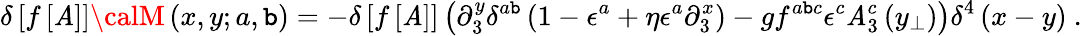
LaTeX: \delta\left[f\left[\mathit{A}\right]\right]{\calM}\left(x,y;a,\mathtt{b}\right)=-\delta\left[f\left[\mathit{A}\right]\right]\left(\partial_{3}^{y}\delta^{a\mathtt{b}}\left(1-\epsilon^{a}+\eta\epsilon^{a}\partial_{3}^{x}\right)-gf^{a\mathtt{b}c}\epsilon^{c}\mathit{A}_{3}^{c}\left(y_{\perp}\right)\right)\delta^{4}\left(x-y\right)\ .